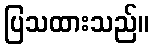
ပြသထားသည်။